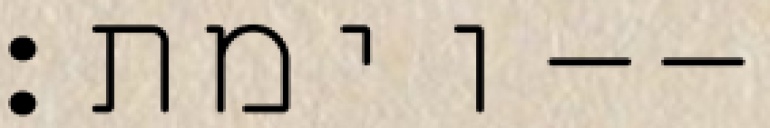
וימת׃--